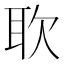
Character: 𫆁